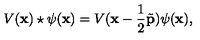
V ( { \bf x } ) \star \psi ( { \bf x } ) = V ( { \bf x } - \frac { 1 } { 2 } { \tilde { \bf p } } ) \psi ( { \bf x } ) ,